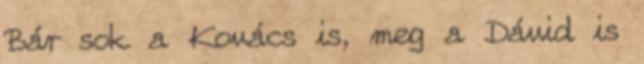
Bár sok a Kovács is, meg a Dávid is